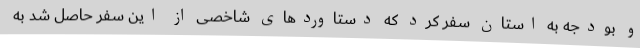
و بودجه به استان سفر کرد که دستاوردهای شاخصی از این سفر حاصل شد به